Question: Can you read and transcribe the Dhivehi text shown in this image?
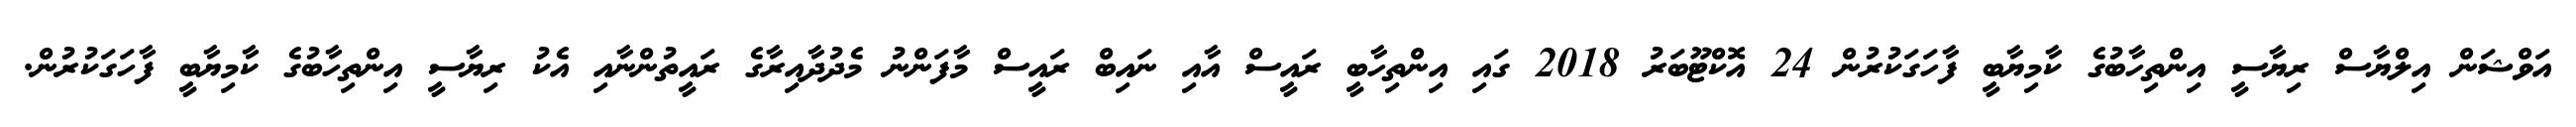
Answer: އަވްޝަން އިލްޔާސް ރިޔާސީ އިންތިހާބުގެ ކާމިޔާބީ ފާހަގަކުރުން 24 އޮކްޓޫބަރު 2018 ގައި އިންތިހާބީ ރައީސް އާއި ނައިބް ރައީސް މާފަންނު މެދުދާއިރާގެ ރައީތުންނާއި އެކު ރިޔާސީ އިންތިހާބުގެ ކާމިޔާބީ ފާހަގަކުރުން.